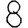
Digit: 8